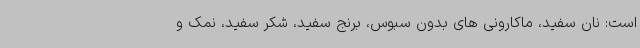
است: نان سفید، ماکارونی های بدون سبوس، برنج سفید، شکر سفید، نمک و